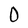
Character: O